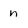
Character: n